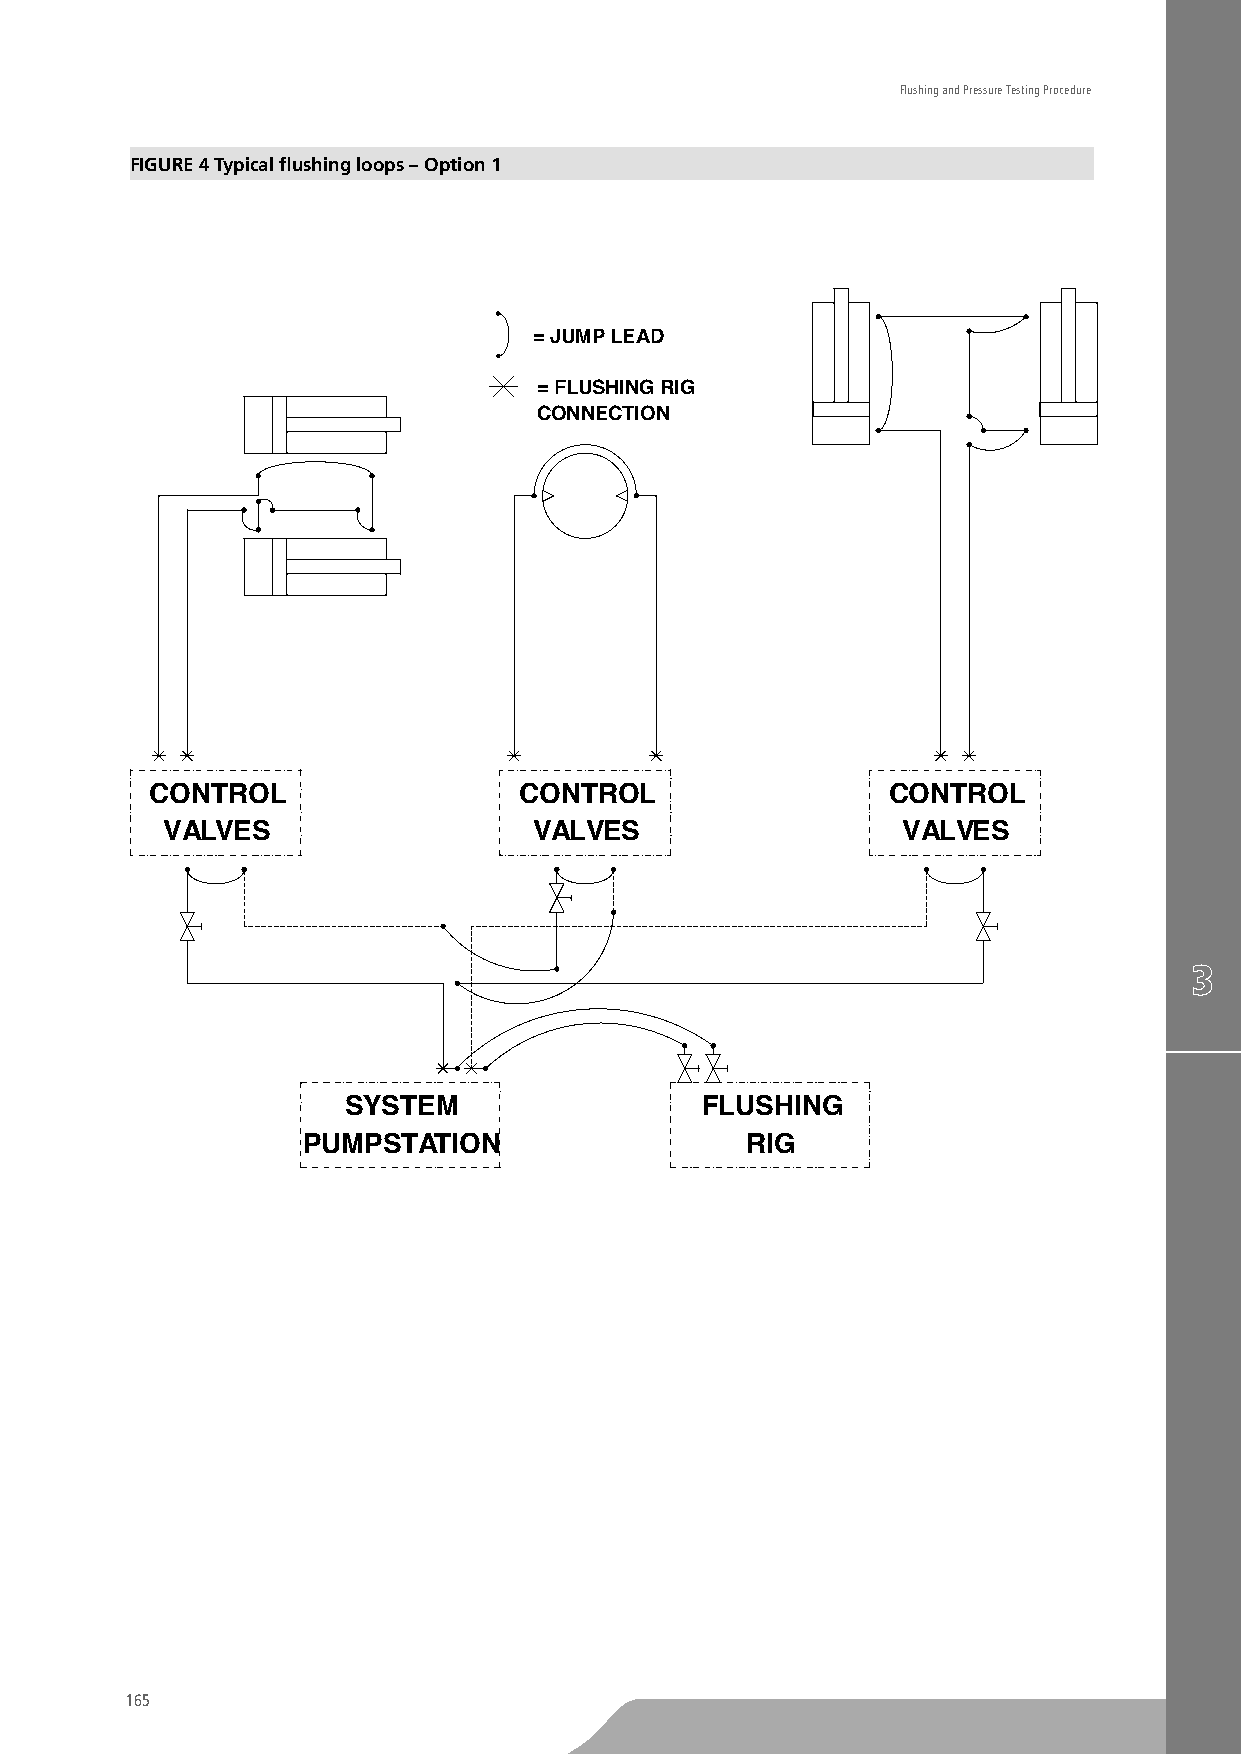
Flushing and Pressure Testing Procedure
 FIGURE 4 Typical flushing loops – Option 1
 = JUMP LEAD
 = FLUSHING RIG
 CONNECTION
 CONTROL                 CONTROL                  CONTROL
 VALVES                  VALVES                   VALVES
 SYSTEM                 FLUSHING
 PUMPSTATION                  RIG
 165
 TO
 BE
 CUTTED
 OFF